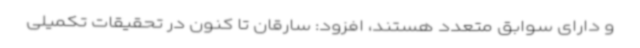
و دارای سوابق متعدد هستند، افزود: سارقان تا کنون در تحقیقات تکمیلی